Civil Veterinary Dept. Bombay admin report 1932-41 - 1932-1941
Year: 1932
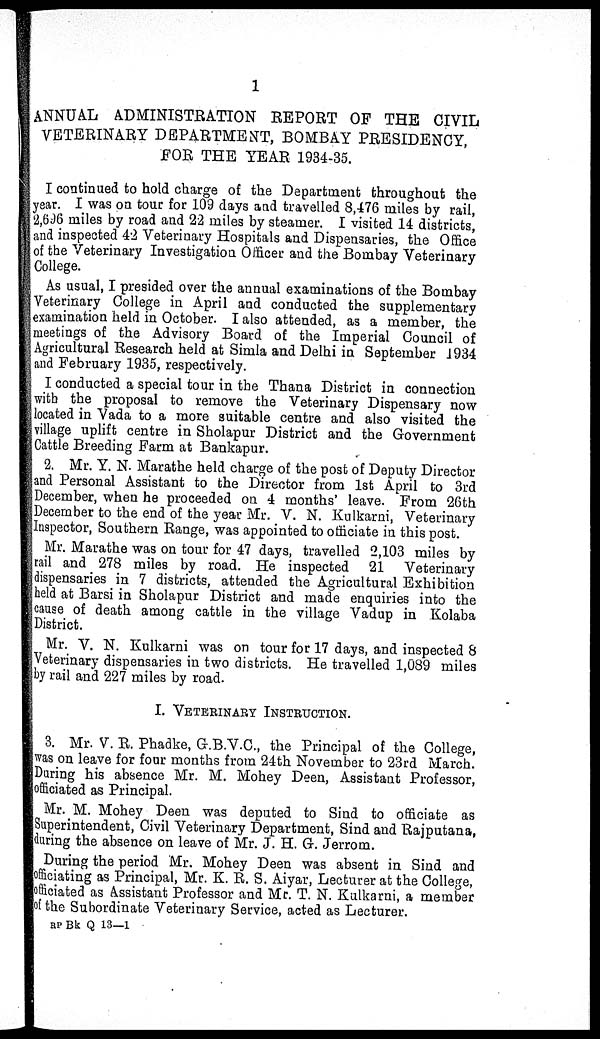
1
ANNUAL ADMINISTRATION REPORT OF THE CIVIL
VETERINARY DEPARTMENT, BOMBAY PRESIDENCY,
FOR THE YEAR 1934-35.
I continued to hold charge of the Department throughout the
year. I was on tour for 109 days and travelled 8,476 miles by rail,
2,696 miles by road and 22 miles by steamer. I visited 14 districts,
and inspected 42 Veterinary Hospitals and Dispensaries, the Office
of the Veterinary Investigation Officer and the Bombay Veterinary
College.
As usual, I presided over the annual examinations of the Bombay
Veterinary College in April and conducted the supplementary
examination held in October. I also attended, as a member, the
meetings of the Advisory Board of the Imperial Council of
Agricultural Research held at Simla and Delhi in September 1934
and February 1935, respectively.
I conducted a special tour in the Thana District in connection
with the proposal to remove the Veterinary Dispensary now
located in Vada to a more suitable centre and also visited the
village uplift centre in Sholapur District and the Government
Cattle Breeding Farm at Bankapur.
2. Mr. Y. N. Marathe held charge of the post of Deputy Director
and Personal Assistant to the Director from 1st April to 3rd
December, when he proceeded on 4 months' leave. From 26th
December to the end of the year Mr. V. N. Kulkarni, Veterinary
Inspector, Southern Range, was appointed to officiate in this post.
Mr. Marathe was on tour for 47 days, travelled 2,103 miles by
rail and 278 miles by road. He inspected 21 Veterinary
dispensaries in 7 districts, attended the Agricultural Exhibition
held at Barsi in Sholapur District and made enquiries into the
cause of death among cattle in the village Vadup in Kolaba
District.
Mr. V. N. Kulkarni was on tour for 17 days, and inspected 8
Veterinary dispensaries in two districts. He travelled 1,089 miles
by rail and 227 miles by road.
I. VETERINARY INSTRUCTION
3. Mr. V. R. Phadke, G.B.V.C., the Principal of the College,
was on leave for four months from 24th November to 23rd March.
During his absence Mr. M. Mohey Deen, Assistant Professor,
officiated as Principal.
Mr. M. Mohey Deen was deputed to Sind to officiate as
Superintendent, Civil Veterinary Department, Sind and Rajputana,
during the absence on leave of Mr. J. H. G. Jerrom.
During the period Mr. Mohey Deen was absent in Sind and
officiating as Principal, Mr. K. R. S. Aiyar, Lecturer at the College,
officiated as Assistant Professor and Mr. T. N. Kulkarni, a member
of the Subordinate Veterinary Service, acted as Lecturer.
RP Bk Q 13—1